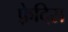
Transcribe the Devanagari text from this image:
फ़्रेदिस